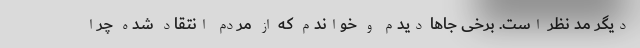
دیگر مد نظر است. برخی جاها دیدم و خواندم که از مردم انتقاد شده چرا